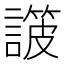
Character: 𧫸